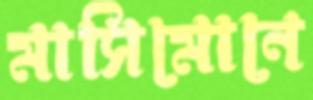
মাসিমোনে